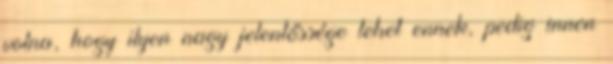
volna, hogy ilyen nagy jelentőssége lehet ennek, pedig innen